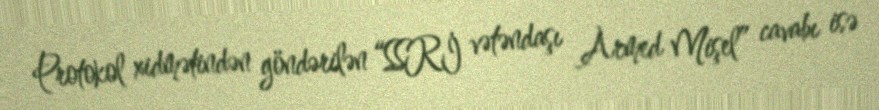
Protokol xidmətindən göndərilən “SSRİ vətəndaşı Armed Mişel” cavabı isə